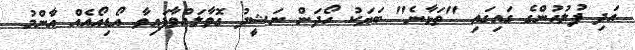
އަދި ފުލުހުންގެ ގައިގައި "ތަޅާނެ" ބަޔަކު ހޯދަން ނަޝީދު ގޮވާލައްވާފައިވާ އޯޑިއޯއެއް އާންމު